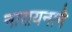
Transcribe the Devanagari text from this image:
नारायनाने